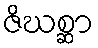
ဇိဃစ္ဆာ